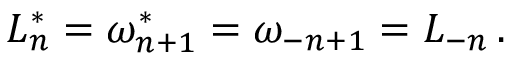
L _ { n } ^ { * } = \omega _ { n + 1 } ^ { * } = \omega _ { - n + 1 } = L _ { - n } \, .